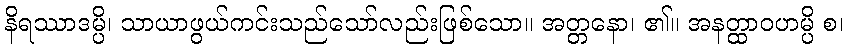
နိရဿာဒမ္ပိ၊ သာယာဖွယ်ကင်းသည်သော်လည်းဖြစ်သော။ အတ္တနော၊ ၏။ အနတ္ထာဝဟမ္ပိ စ၊